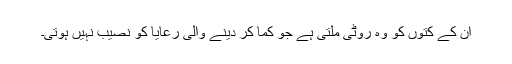
ان کے کتوں کو وہ روٹی ملتی ہے جو کما کر دینے والی رعایا کو نصیب نہیں ہوتی۔